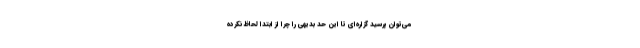
می‌توان پرسید گزاره‌ای تا این حد بدیهی را چرا از ابتدا لحاظ نکرده